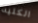
الكليه